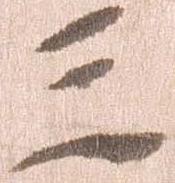
三